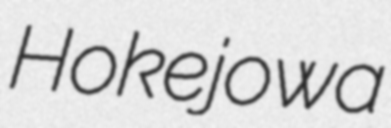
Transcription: Hokejowa